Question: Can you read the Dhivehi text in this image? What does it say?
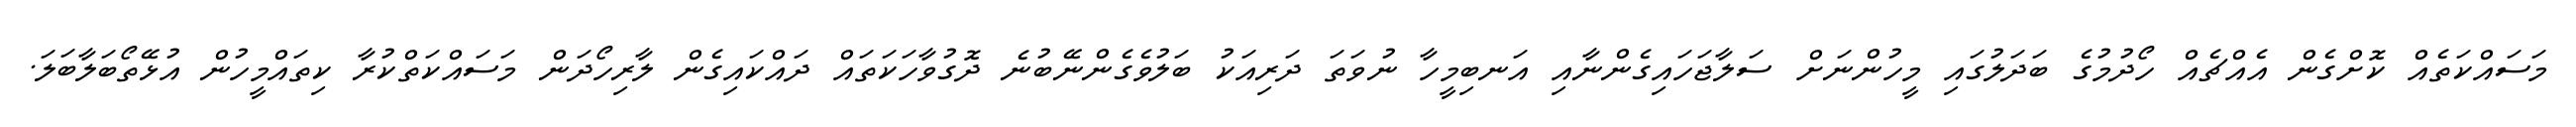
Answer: މަސައްކަތެއް ކޮށްގެން އެއްޗެއް ހޯދުމުގެ ބަދަލުގައި މީހުންނަށް ސަލާޖަހައިގެންނާއި އަނބިމީހާ ނުވަތަ ދަރިއަކު ބަލުވެގެންނޭބުނެ ދޮގުވާހަކަތައް ދައްކައިގެން ލާރިހޯދަން މަސައްކަތްކުރާ ކިތައްމީހުން އުޅޭތޯބަލާބަލަ.